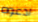
ادعوه